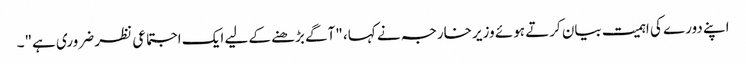
اپنے دورے کی اہمیت بیان کرتے ہوئے وزیر خارجہ نے کہا، "آگے بڑھنے کے لیے ایک اجتماعی نظر ضروری ہے"۔